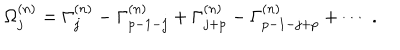
LaTeX: \Omega _ { j } ^ { ( n ) } = \Gamma _ { j } ^ { ( n ) } - \Gamma _ { p - 1 - j } ^ { ( n ) } + \Gamma _ { j + p } ^ { ( n ) } - \Gamma _ { p - 1 - j + p } ^ { ( n ) } + \cdots ~ .